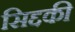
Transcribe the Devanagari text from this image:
सिद्दकी